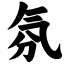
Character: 氛